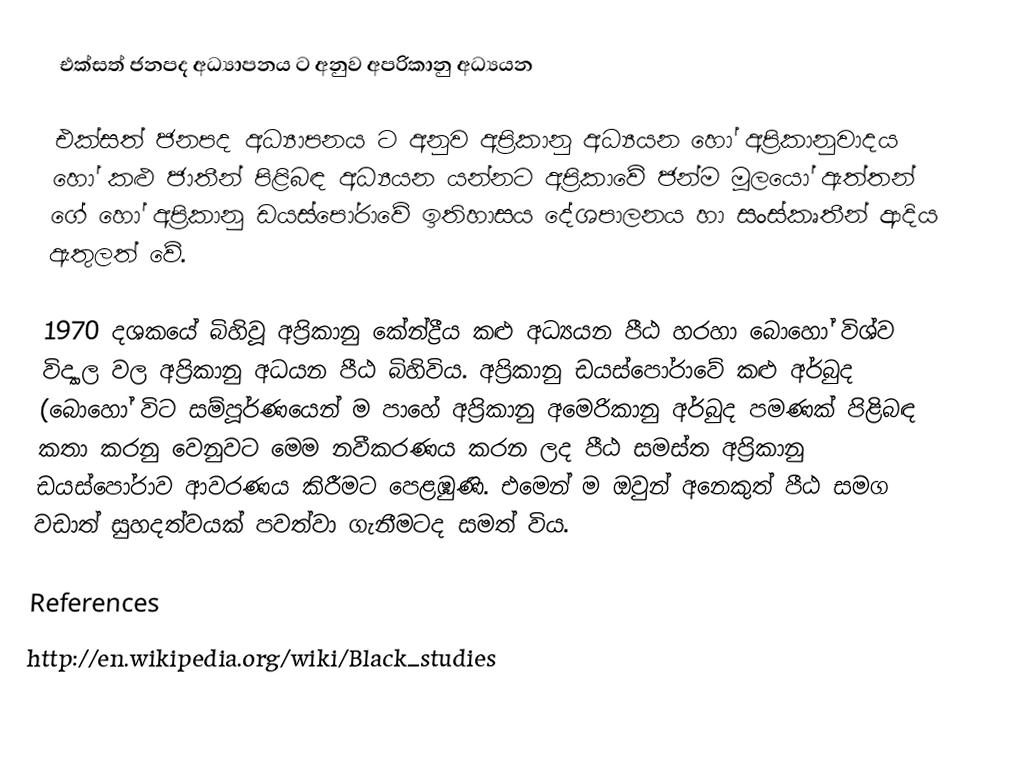
එක්සත් ජනපද අධ්‍යාපනය ට අනුව අප‍්‍රිකානු අධ්‍යයන

එක්සත් ජනපද අධ්‍යාපනය ට අනුව අප‍්‍රිකානු අධ්‍යයන හෝ අප‍්‍රිකානුවාදය හෝ කළු ජාතීන් පිළිබඳ අධ්‍යයන යන්නට අප‍්‍රිකාවේ ජන්ම මූලයෝ ඇත්තන් ගේ හෝ අප‍්‍රිකානු ඩයස්පෝරාවේ ඉතිහාසය දේශපාලනය හා සංස්කෘතීන් ආදිය ඇතුලත් වේ.

1970 දශකයේ බිහිවූ අප‍්‍රිකානු කේන්ද්‍රීය කළු අධ්‍යයන පීඨ හරහා බොහෝ විශ්ව විද්‍යාල වල අප‍්‍රිකානු අධයන පීඨ බිහිවිය. අප‍්‍රිකානු ඩයස්පෝරාවේ කළු අර්බුද (බොහෝ විට සම්පූර්ණයෙන් ම පාහේ අප‍්‍රිකානු අමෙරිකානු අර්බුද පමණක් පිළිබඳ කතා කරනු වෙනුවට මෙම නවීකරණය කරන ලද පීඨ සමස්ත අප‍්‍රිකානු ඩයස්පෝරාව ආවරණය කිරීමට පෙළඹුණි. එමෙන් ම ඔවුන් අනෙකුත් පීඨ සමග වඩාත් සුහදත්වයක් පවත්වා ගැනීමටද සමත් විය.

References
http://en.wikipedia.org/wiki/Black_studies